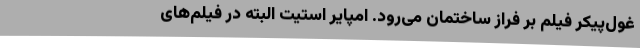
غول‌پیکر فیلم بر فراز ساختمان می‌رود. امپایر استیت البته در فیلم‌های